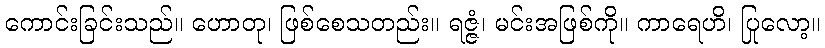
ကောင်းခြင်းသည်။ ဟောတု၊ ဖြစ်စေသတည်း။ ရဇ္ဇံ၊ မင်းအဖြစ်ကို။ ကာရေဟိ၊ ပြုလော့။